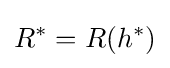
R^{*}=R(h^{*})